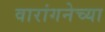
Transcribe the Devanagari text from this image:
वारांगनेच्या